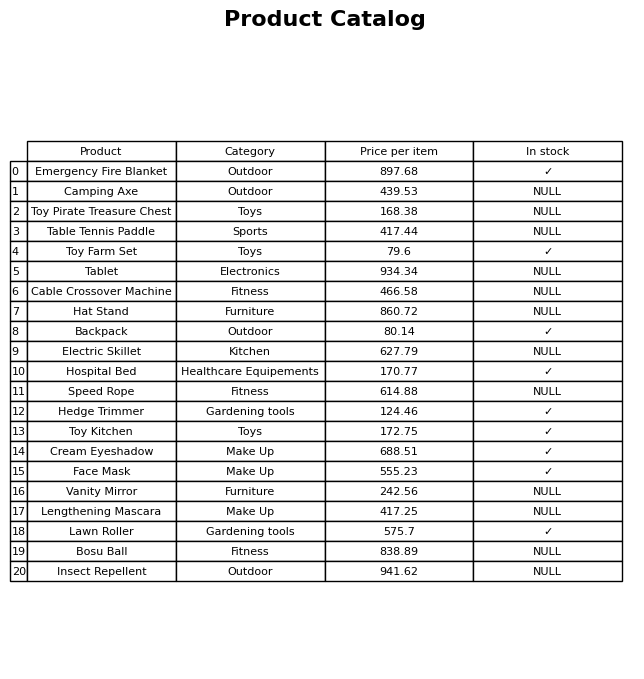
question: What is the price of the Lengthening Mascara?
answer: The price of Lengthening Mascara is 417.25.